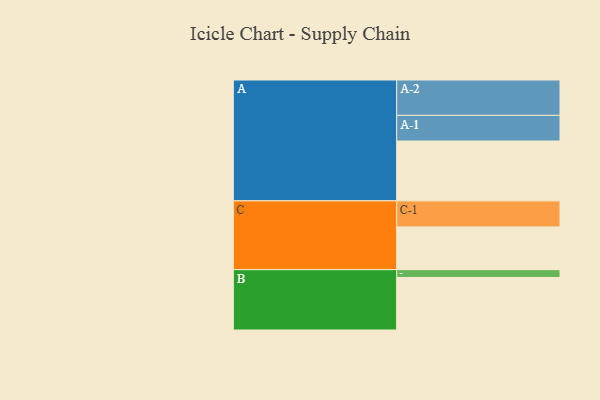
{"axis": {"x": "Segment", "y": "Value"}, "legend": ["", "A", "B", "C"], "data": [{"x": "A", "y": 457, "type": ""}, {"x": "B", "y": 401, "type": ""}, {"x": "C", "y": 326, "type": ""}, {"x": "A-1", "y": 196, "type": "A"}, {"x": "A-2", "y": 270, "type": "A"}, {"x": "B-1", "y": 60, "type": "B"}, {"x": "C-1", "y": 199, "type": "C"}]}